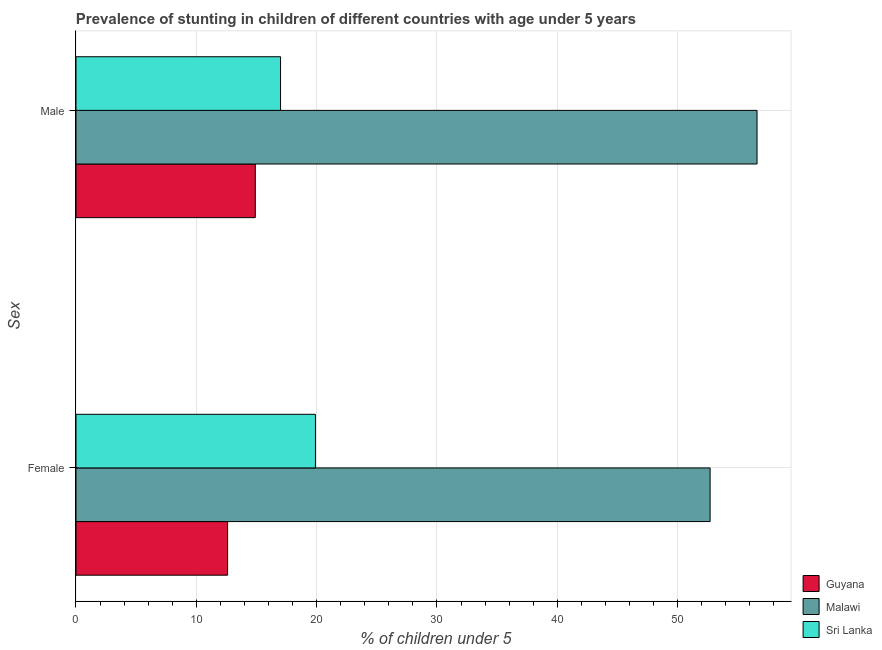
| Sex | Guyana | Malawi | Sri Lanka |
 | --- | --- | --- | --- |
 | Female | 12.6 | 52.7 | 19.9 |
 | Male | 14.9 | 56.6 | 17 |